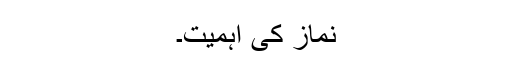
نماز کی اہمیت۔